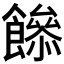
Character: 𩞼